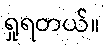
ရှုရတယ်။